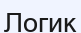
Логик